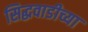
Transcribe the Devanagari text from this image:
सिद्धवाडीच्या